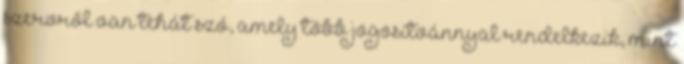
szervről van tehát szó, amely több jogosítvánnyal rendelkezik, mint